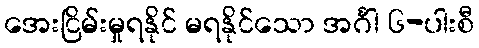
အေးငြိမ်းမှုရနိုင် မရနိုင်သော အင်္ဂါ ၆-ပါးစီ